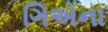
ગિએના